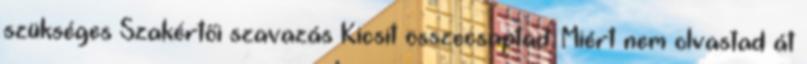
szükséges Szakértői szavazás Kicsit összecsaptad. Miért nem olvastad át